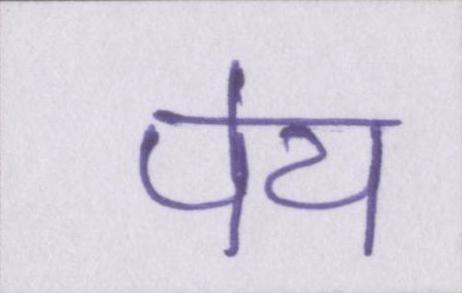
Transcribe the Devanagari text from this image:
पेय